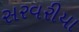
સરવરીયા